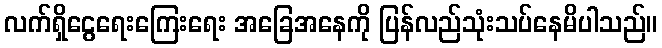
လက်ရှိငွေရေးကြေးရေး အခြေအနေကို ပြန်လည်သုံးသပ်နေမိပါသည်။